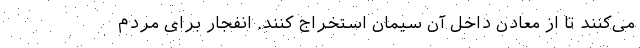
می‌کنند تا از معادن داخل آن سیمان استخراج کنند. انفجار برای مردم